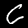
Label: 6